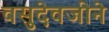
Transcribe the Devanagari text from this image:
वसुदेवजीने